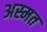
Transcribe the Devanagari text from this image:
अस्मत